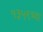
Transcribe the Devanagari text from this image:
१३५९च्या